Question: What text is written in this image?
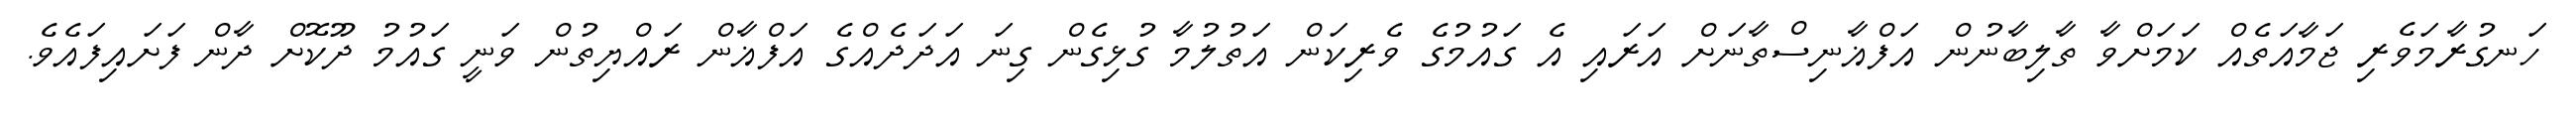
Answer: ހަނގުރާމަވެރި ޖަމާއަތެއް ކަމަށްވާ ތާލިބާނުން އަފްޣާނިސްތާނަށް އަރައި އެ ގައުމުގެ ވެރިކަން އަތުލުމާ ގުޅިގެން ގިނަ އަދަދެއްގެ އަފްޣާން ރައްޔިތުން ވަނީ ގައުމު ދޫކޮށް ދާން ފަށައިފައެވެ.